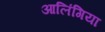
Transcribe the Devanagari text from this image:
आलिंगिया